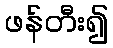
ဖန်တီး၍